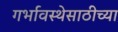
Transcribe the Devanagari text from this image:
गर्भावस्थेसाठीच्या